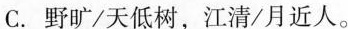
C. 野旷/天低树，江清/月近人。